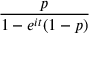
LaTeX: \! \, { \frac { p } { 1 - e ^ { i t } ( 1 - p ) } }